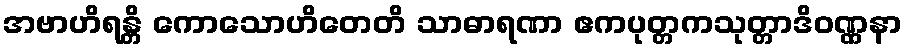
အဗာဟိရန္တိ ကောသောဟိတေတိ သာဓာရဏာ ဧကပုတ္တကသုတ္တာဒိဝဏ္ဏနာ